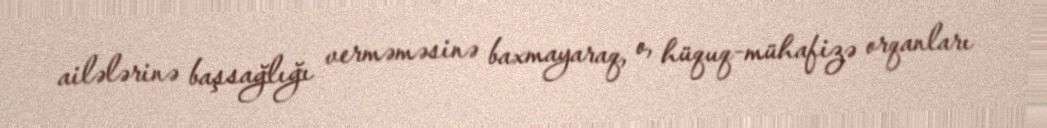
ailələrinə başsağlığı verməməsinə baxmayaraq, o, hüquq-mühafizə orqanları